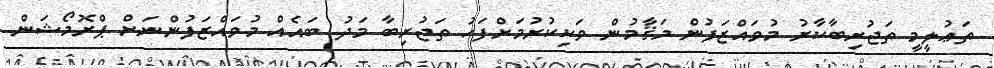
ތަޢުލީމީ ތަޖުރިބާކާރު މުވައްޒަފުން މަޤާމުން ވަކިކުރުމަށްފަހު ތަޖުރިބާ މަދު ބައެއް މުވައްޒަފުންނަށް ޕްރޮމޯޝަން